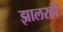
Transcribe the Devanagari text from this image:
झालरही